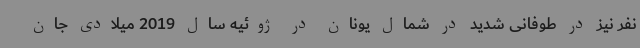
نفر نیز در طوفانی شدید در شمال یونان در ژوئیه سال 2019 میلادی جان